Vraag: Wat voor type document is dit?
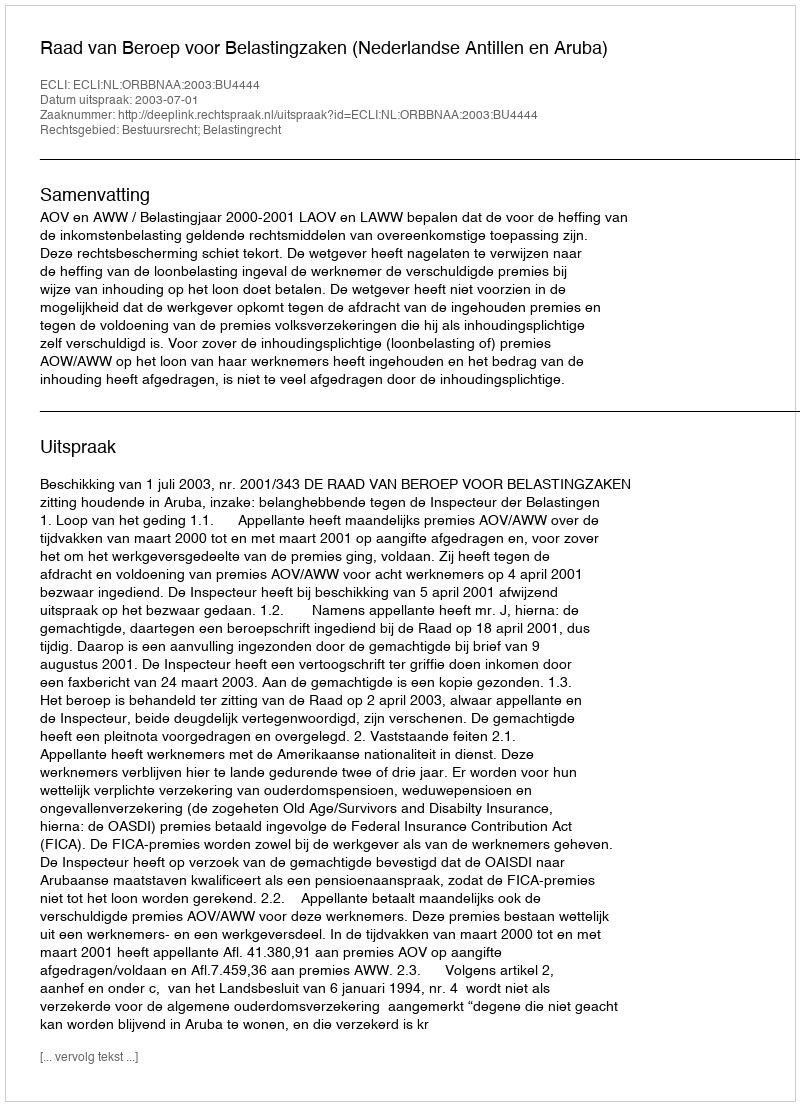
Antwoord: Uitspraak